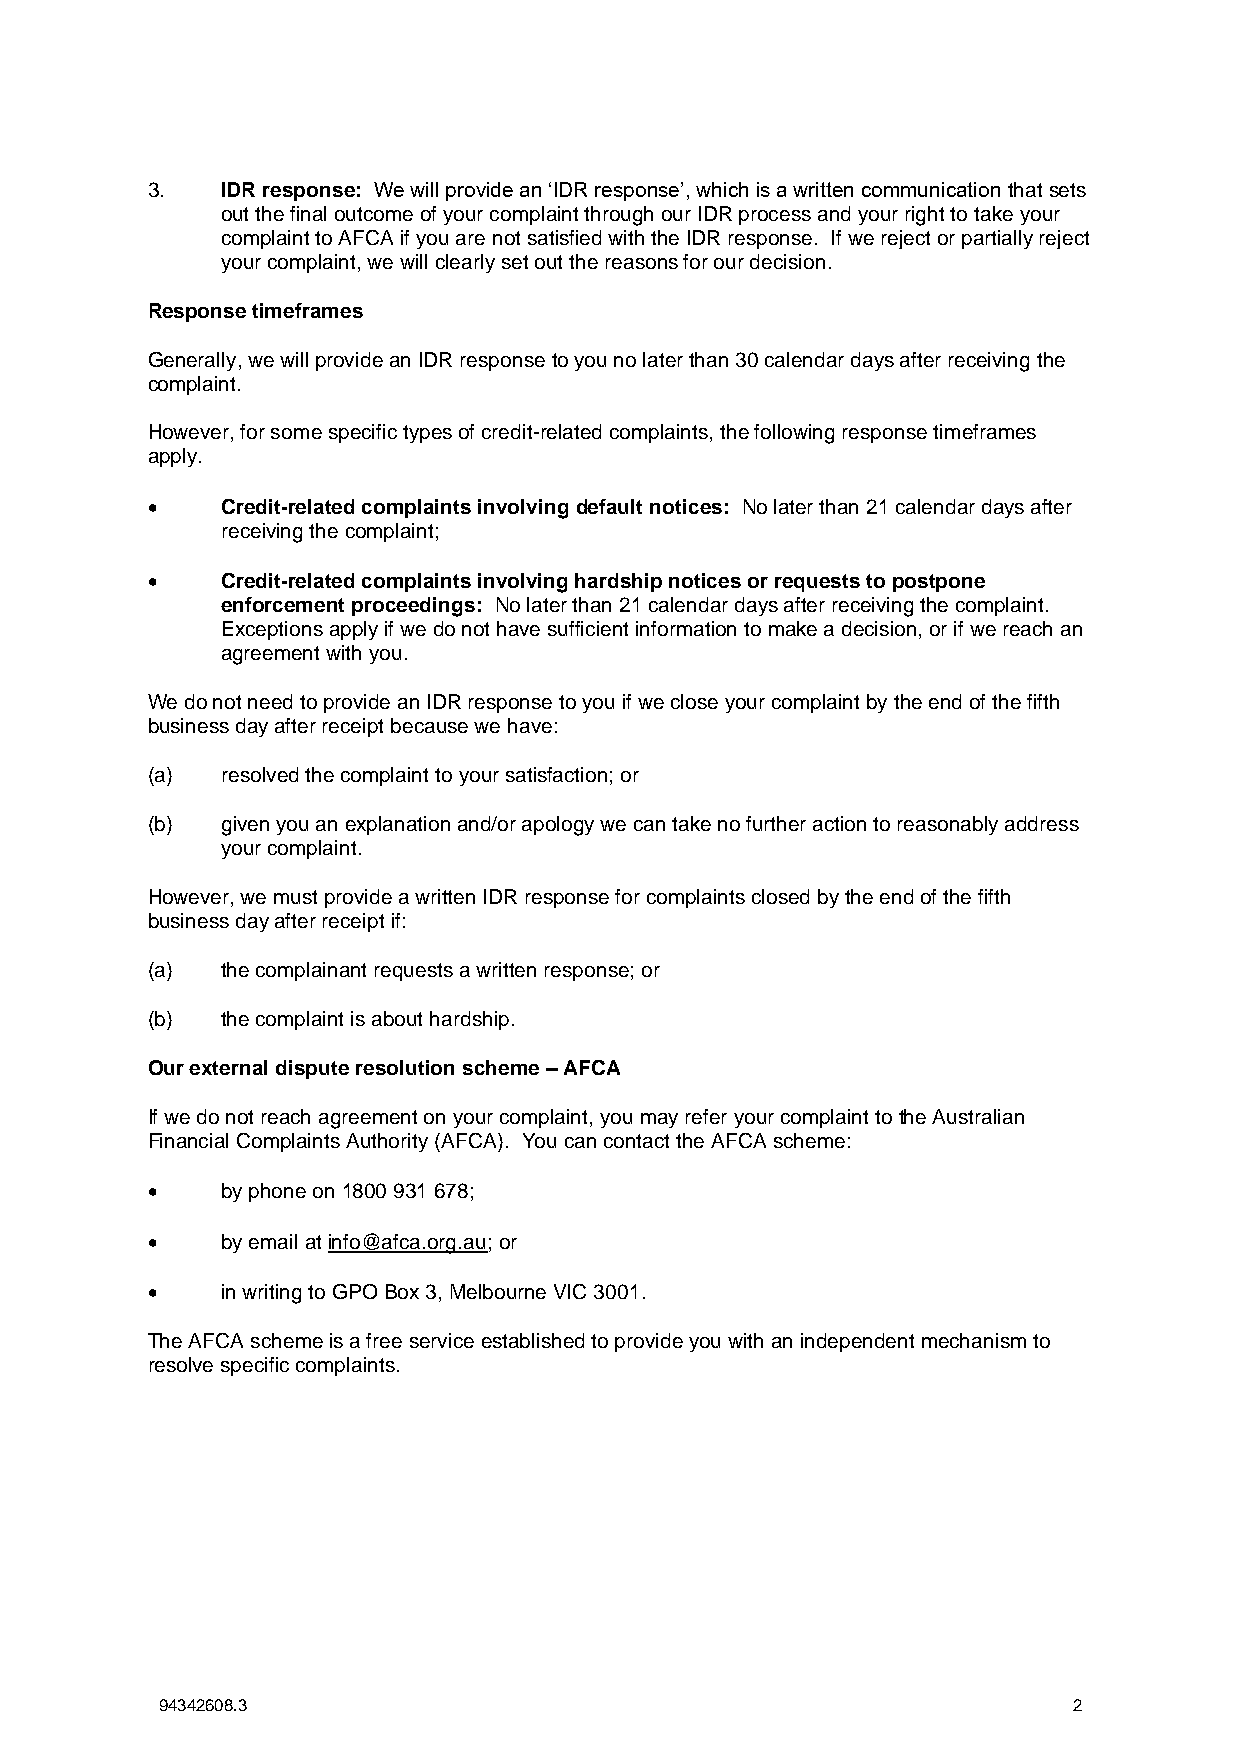
3.   IDR response: We will provide an ‘IDR response’, which is a written communication that sets
 out the final outcome of your complaint through our IDR process and your right to take your
 complaint to AFCA if you are not satisfied with the IDR response. If we reject or partially reject
 your complaint, we will clearly set out the reasons for our decision.
 Response timeframes
 Generally, we will provide an IDR response to you no later than 30 calendar days after receiving the
 complaint.
 However, for some specific types of credit-related complaints, the following response timeframes
 apply.
 •    Credit-related complaints involving default notices: No later than 21 calendar days after
 receiving the complaint;
 •    Credit-related complaints involving hardship notices or requests to postpone
 enforcement proceedings: No later than 21 calendar days after receiving the complaint.
 Exceptions apply if we do not have sufficient information to make a decision, or if we reach an
 agreement with you.
 We do not need to provide an IDR response to you if we close your complaint by the end of the fifth
 business day after receipt because we have:
 (a)  resolved the complaint to your satisfaction; or
 (b)  given you an explanation and/or apology we can take no further action to reasonably address
 your complaint.
 However, we must provide a written IDR response for complaints closed by the end of the fifth
 business day after receipt if:
 (a)  the complainant requests a written response; or
 (b)  the complaint is about hardship.
 Our external dispute resolution scheme – AFCA
 If we do not reach agreement on your complaint, you may refer your complaint to the Australian
 Financial Complaints Authority (AFCA). You can contact the AFCA scheme:
 •    by phone on 1800 931 678;
 •    by email at info@afca.org.au; or
 •    in writing to GPO Box 3, Melbourne VIC 3001.
 The AFCA scheme is a free service established to provide you with an independent mechanism to
 resolve specific complaints.
 94342608.3                                                  2